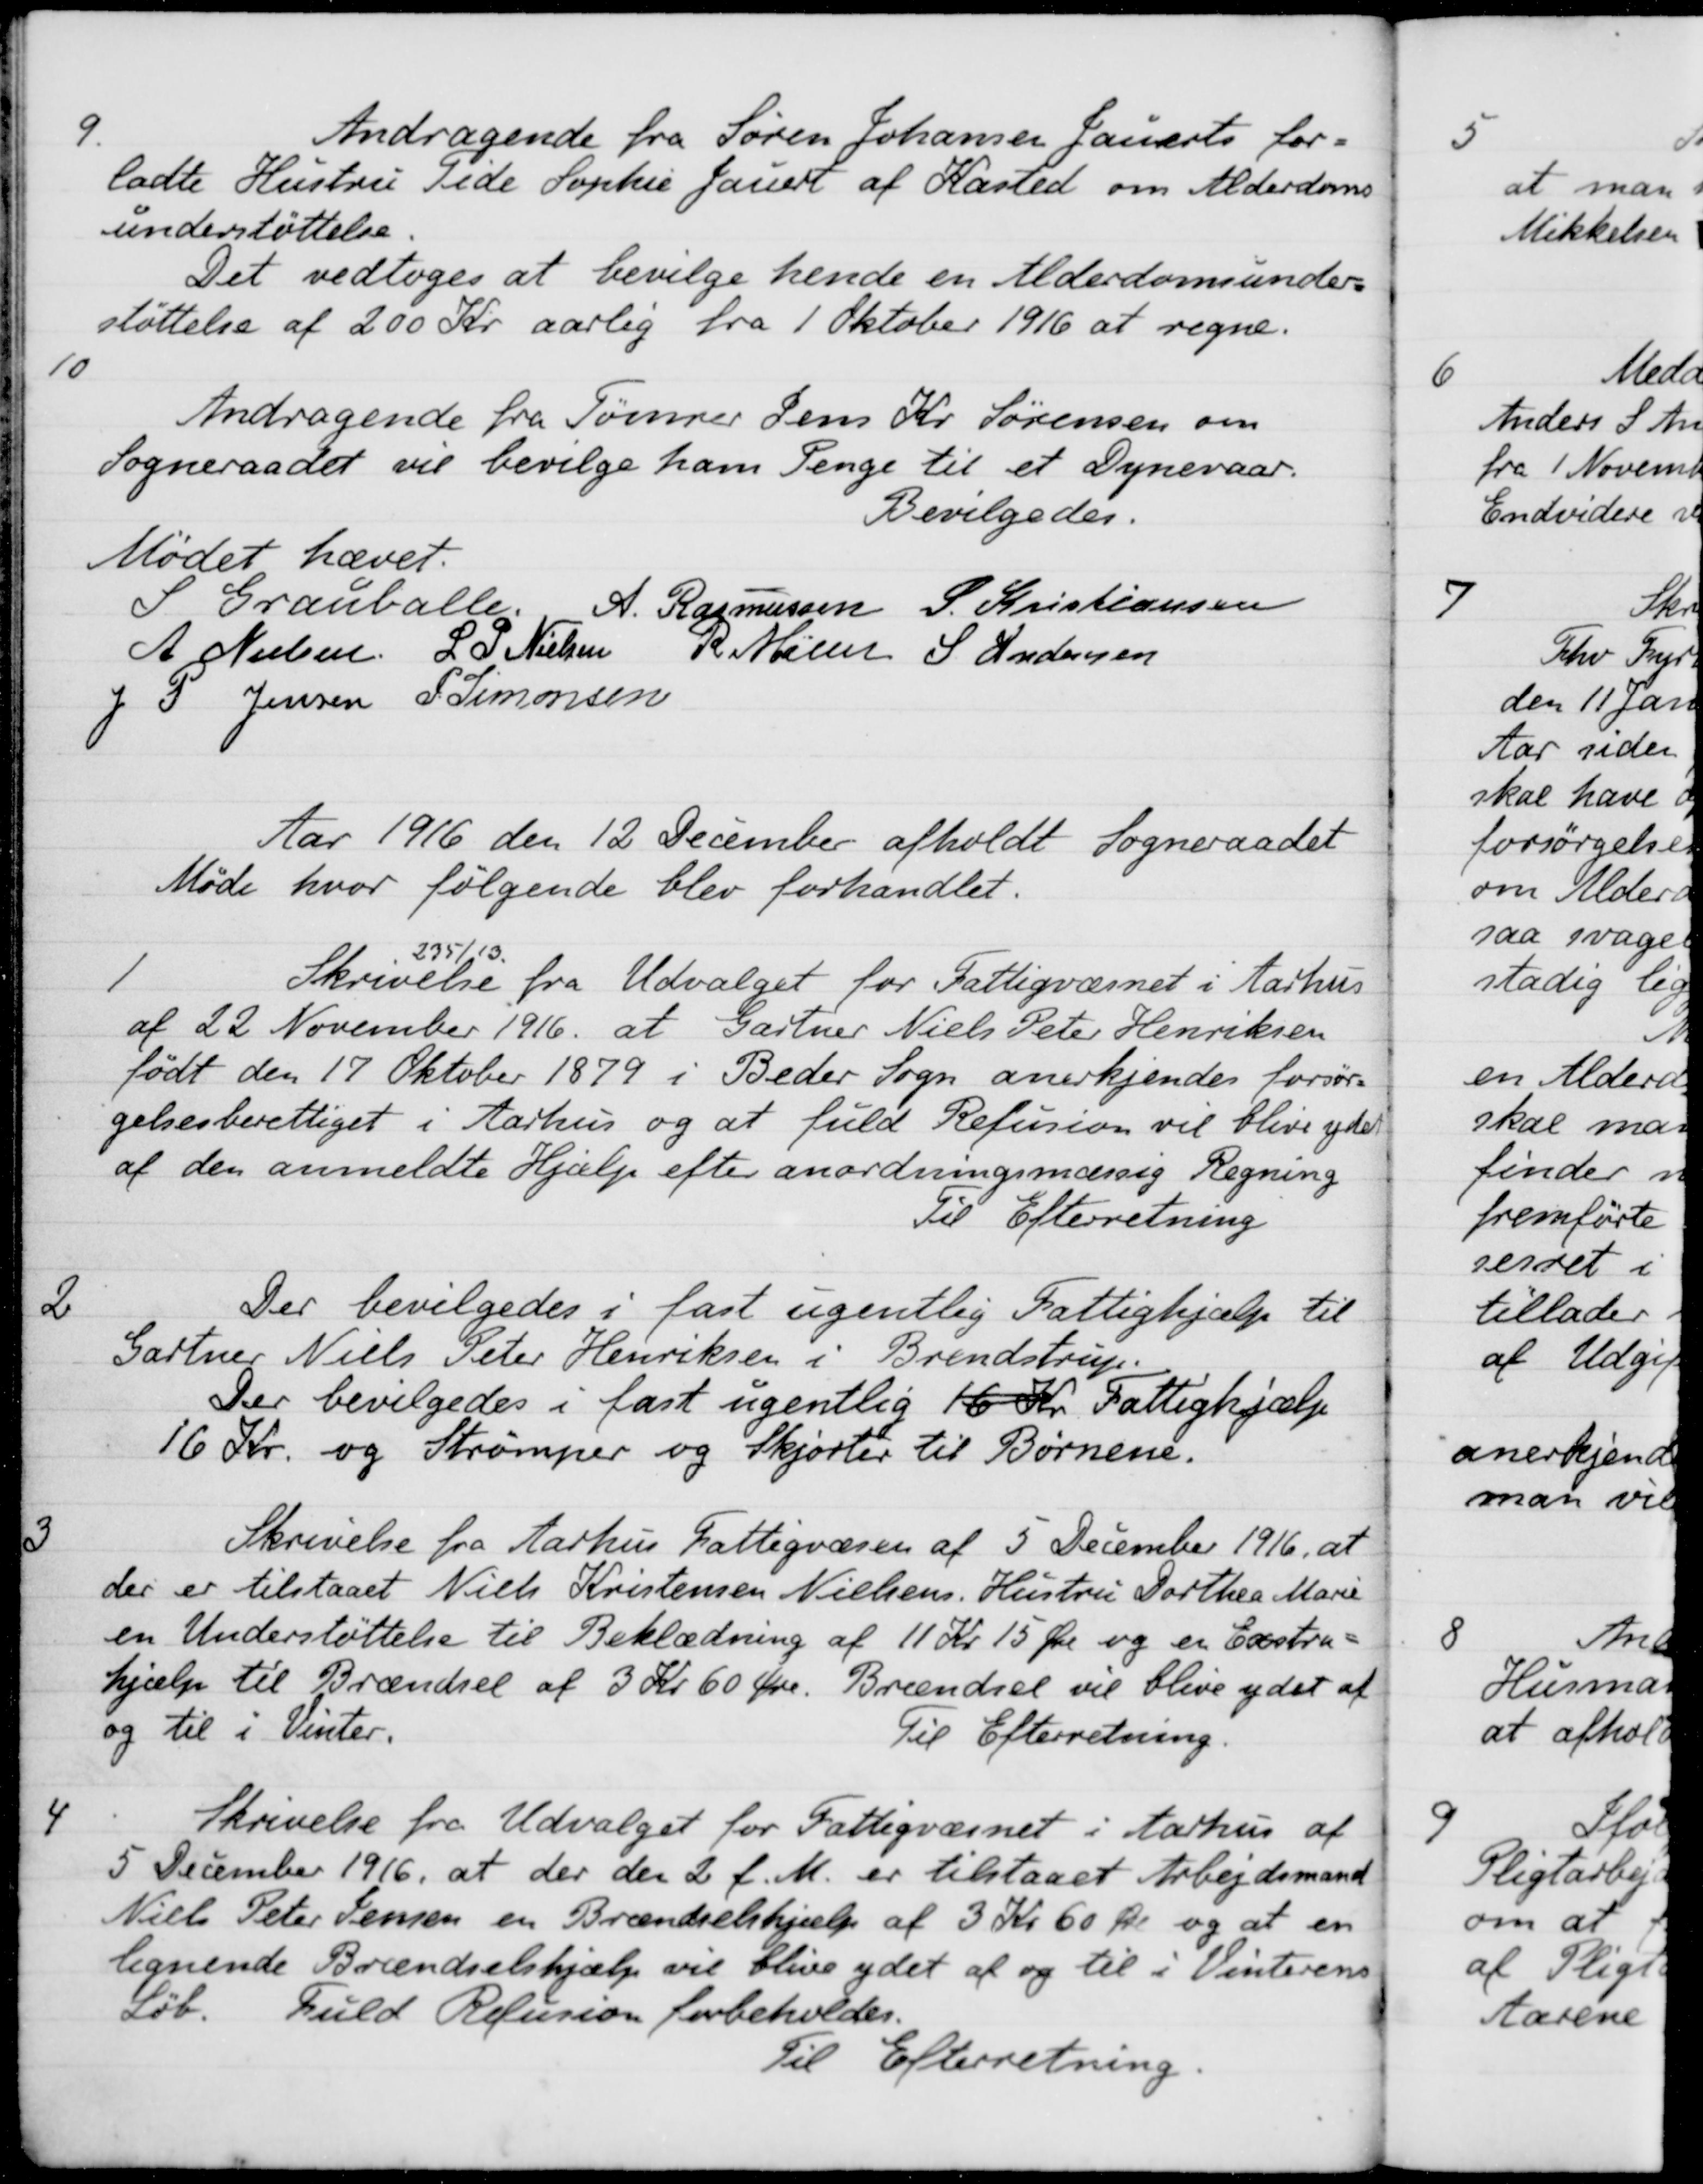
Transskription:
9.
Andragende fra Søren Johansen Jauerts for-
ladte Hustru Tide Sophie Jauert af Kasted om Alderdoms
understøttelse
Det vedtoges at bevilge hende en Alderdomsunders
støttelse af 200 Kr. aarlig fra 1 Oktober 1916 at regne.
10
Andragende fra Tømrer Jens Kr. Sørensen om
Sogneraadet vil bevilge ham Penge til et Dynevaar.
Bevilgedes.
Mødet hævet.
S Grauballe.
A. Rasmussen
S. Kristiansen
A Nielsen
L. P. Nielsen
R Møller
S Andersen
J. P. Jensen
S. Simonsen
Aar 1916 den 12 December afholdt Sogneraadet
Møde hvor følgende blev forhandlet.
1
Skrivelse
235/13
fra Udvalget for Fattigvæsnet i Aarhus
af 22 November 1916 at Gartner Niels Peter Henriksen
født den 17 Oktober 1879 i Beder Sogn anerkjendes forsør-
gelsesberettiget i Aarhus og at fuld Refusion vil blive ydet
af den anmeldte Hjælp efter anordningsmæssig Regning
Til Efterretning
2
Der bevilgedes i fast ugentlig Fattighjælp til
Gartner Niels Peter Henriksen i Brendstrup.
Der bevilgedes i fast ugentlig 16 Kr. Fattighjælp
16 Kr. og Strømper og Skjorter til Børnene.
3
Skrivelse fra Aarhus Fattigvæsen af 5 December 1916, at
der er tilstaaet Niels Kristensen Nielsens Hustru Dorthea Marie
en Understøttelse til Beklædning af 11 Kr 15 Øre og en Exstra-
hjælp til Brændsel af 3 Kr 60 Øre. Brændsel vil blive ydet af
og til i Vinter.
Til Efterretning.
5
Skrivelse fra Udvalget for Fattigvæsnet i Aarhus af
5 December 1916, at der den 2 f. M. er tilstaaet Arbejdsmand
Niels Peter Jensen en Brændselshjælp af 3 Kr 60 Øre og at en
legnende Brændselshjælp vil blive ydet af og til i Vinterens
Løb. Fuld Refusion forbeholdes.
Til Efterretning.